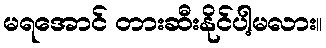
မရအောင် တားဆီးနိုင်ပါ့မလား။